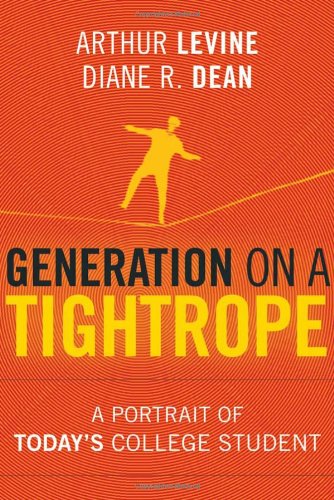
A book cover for Generation on a Tightrope: A Portrait of Today's College Student; Arthur Levine; Education & Teaching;